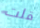
قلت